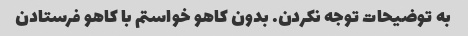
به توضیحات توجه نکردن. بدون کاهو خواستم با کاهو فرستادن